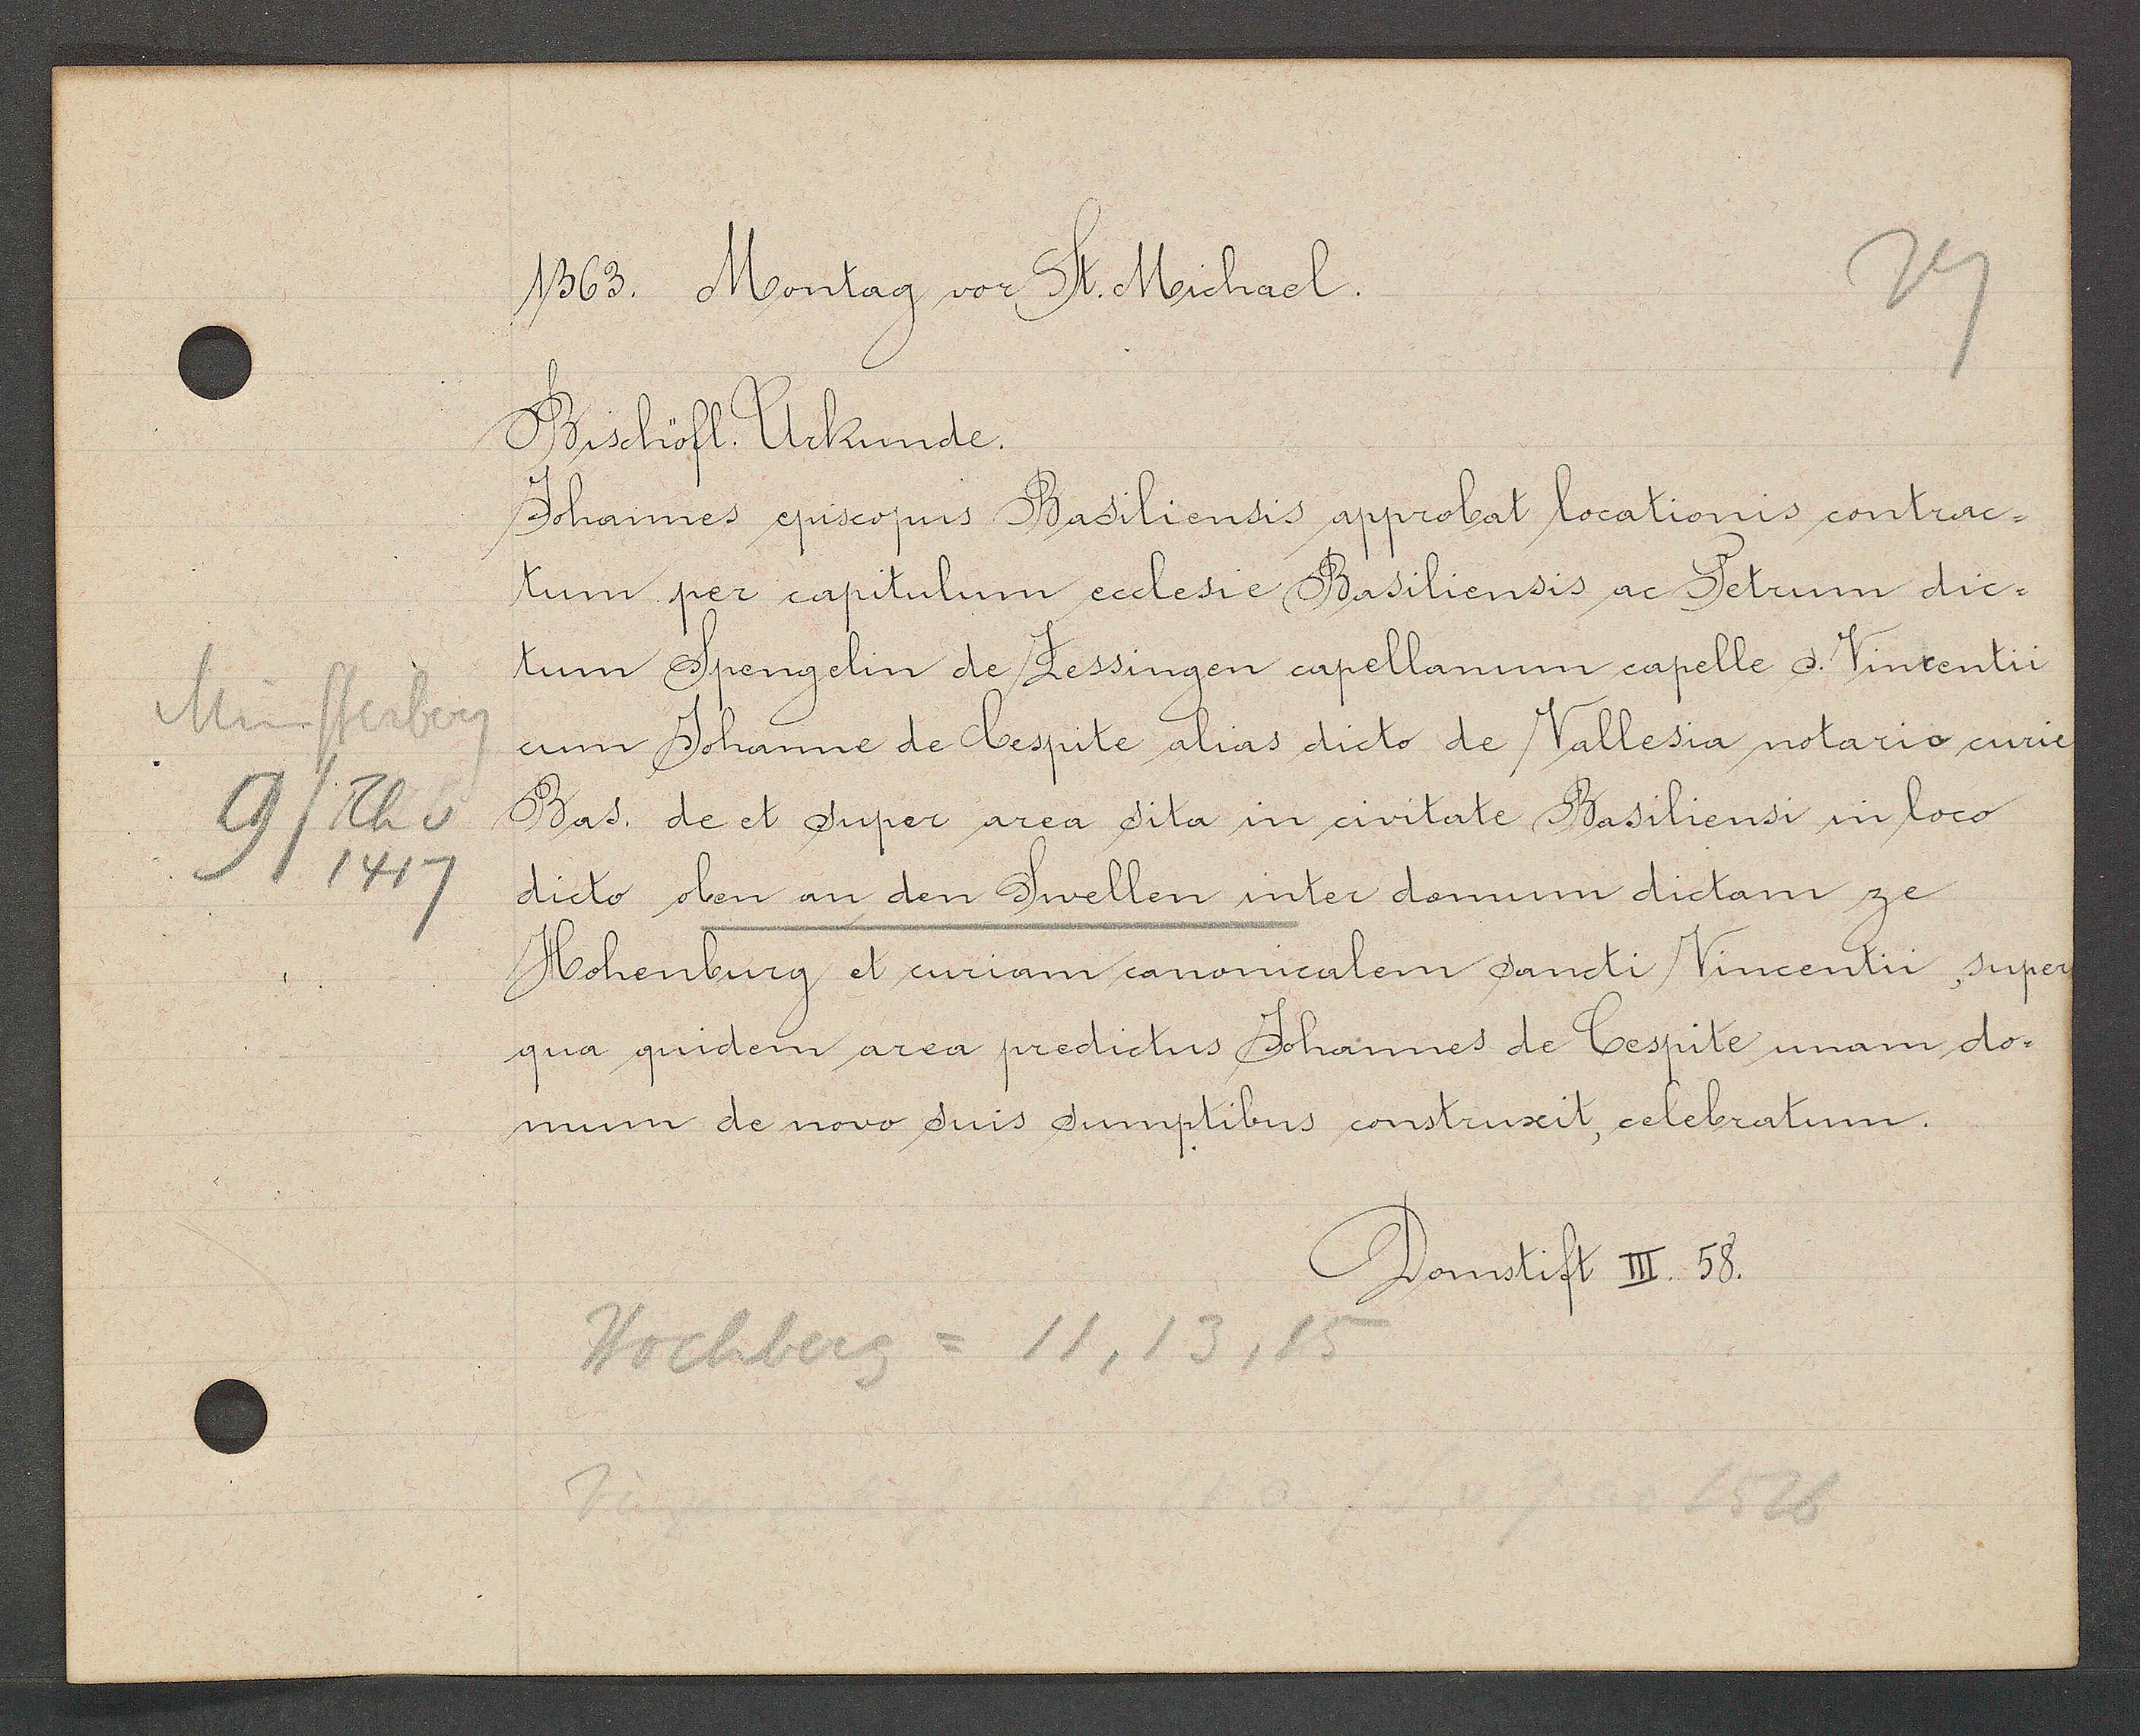
Transcript:
Münsterberg
9/Th v
1417

1363. Montag vor St. Michael.

Bischöfl. Urkunde.
Johannes episcopus Basiliensis approbat locationis contrac-
tum per capitulum ecclesie Basiliensis ac Petrum dic-
tum Spengelin de Zessingen capellanum capelle s. Vincentii.
cum Johanne de Cespite alias dicto de Vallesia notario curie
Bas. de et super area sita in civitate Basiliensi in loco
dicto oben an den Swellen inter domum dictam ze
Hohenburg et curiam canonicalem sancti Vincentii, super
qua quidem area predictus Johannes de Cespite unam dor¬
mum de novo suis sumptibus construxit, celebratum.

Domstift III. 58.

Hochberg
11, 13, 15